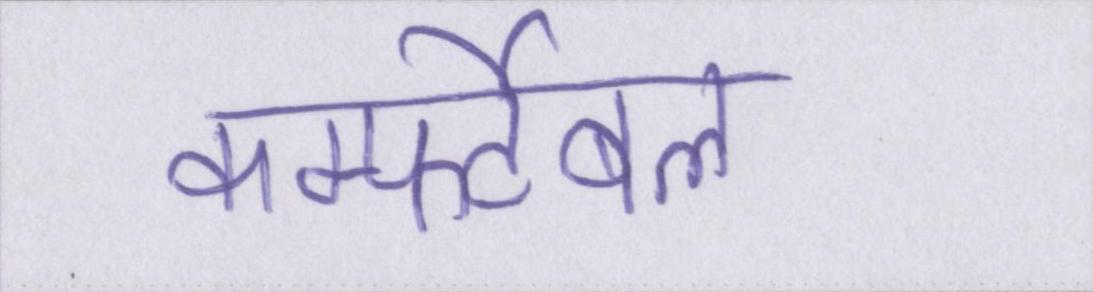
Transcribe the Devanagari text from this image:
कम्फर्टेबल